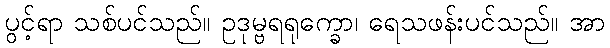
ပွင့်ရာ သစ်ပင်သည်။ ဥဒုမ္ဗရရုက္ခော၊ ရေသဖန်းပင်သည်။ အာ